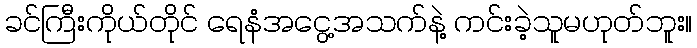
ခင်ကြီးကိုယ်တိုင် ရေနံအငွေ့အသက်နဲ့ ကင်းခဲ့သူမဟုတ်ဘူး။